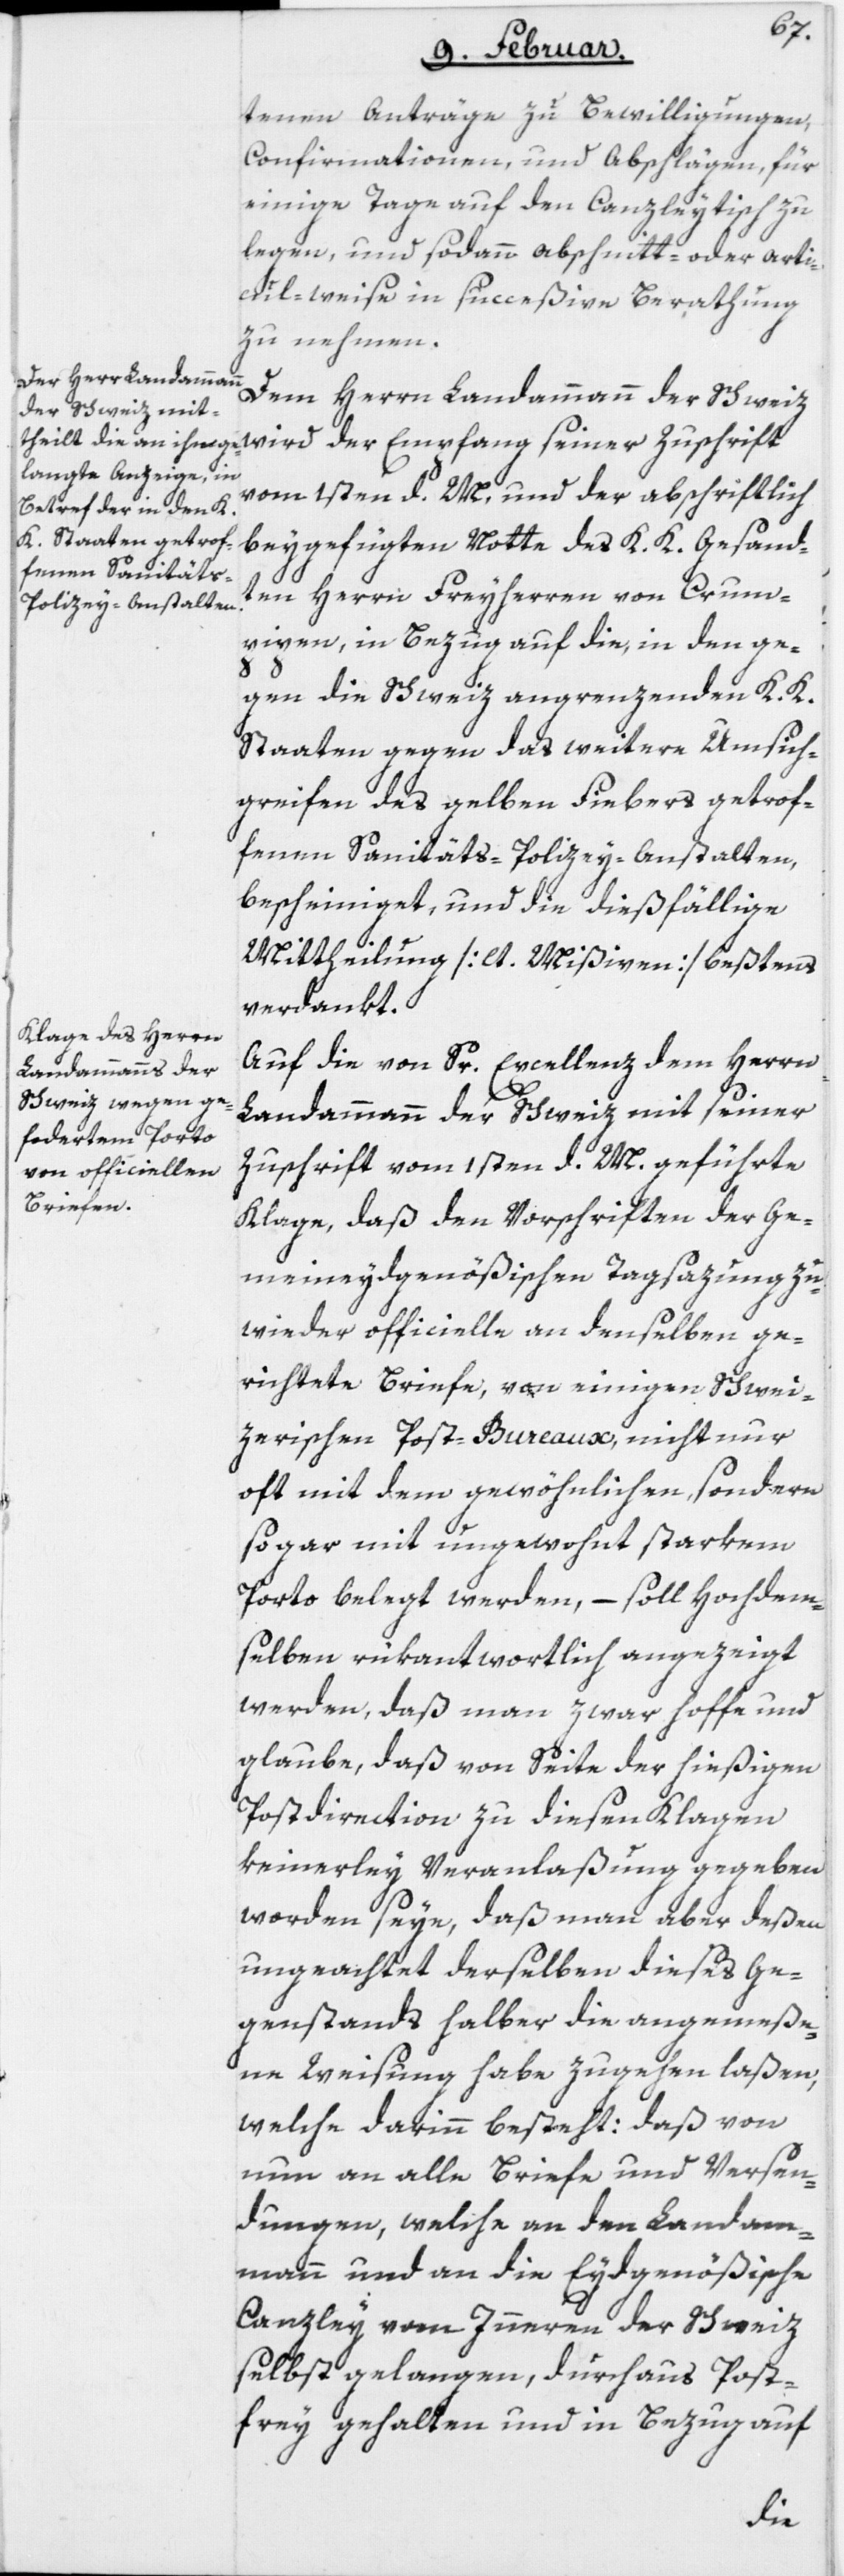
tenen Anträge zu Bewilligungen,
Confirmationen, und Abschlägen, für
einige Tage auf den Canzleytisch zu
legen, und sodann abschnitt- oder artic¬
ul-weise in succeßive Berathung
zu nehmen.
Dem Herrn Landammann der Schweiz
vom 1sten d. M. und der abschriftlich
beygefügten Notte des K. K. Gesand¬
ten Herrn Freyherren von Crum¬
pipen, in Bezug auf die, in den ge¬
gen die Schweiz angrenzenden K. K.
Staaten gegen das weitere Umsich¬
greifen des gelben Fiebers getrof¬
fenen Sanitäts-Polizey-Anstalten,
bescheiniget, und die dießfällige
Mittheilung [lt. Mißiven] beßtens
verdankt.
Auf die von Sr. Excellenz dem Herrn
der
Landammann der Schweiz mit seiner
Zuschrift vom 1sten d. M. geführte
Klage, daß den Vorschriften der ge¬
meineydgenößischen Tagsazung zu¬
wieder officielle an denselben ge¬
richtete Briefe, von einigen Schwei¬
zerischen Post-Bureaux, nicht nur
oft mit dem gewöhnlichen, sondern
sogar mit ungewohnt starkem
Porto belegt werden, – soll Hochdem¬
selben rükantwortlich angezeigt
werden, daß man zwar hoffe und
glaube, daß von Seite der hießigen
Postdirection zu diesen Klagen
keinerley Veranlaßung gegeben
worden seye, daß man aber deßen
ungeachtet derselben dieses Ge¬
genstands halber die angemeße¬
ne Weisung habe zugehen laßen,
welche darinn besteht: daß von
nun an alle Briefe und Versen¬
dungen, welche an den Landam¬
mann und an die Eydgenößische
Canzley vom Inneren der Schweiz
selbst gelangen, durchaus Post¬
frey gehalten und in Bezug auf